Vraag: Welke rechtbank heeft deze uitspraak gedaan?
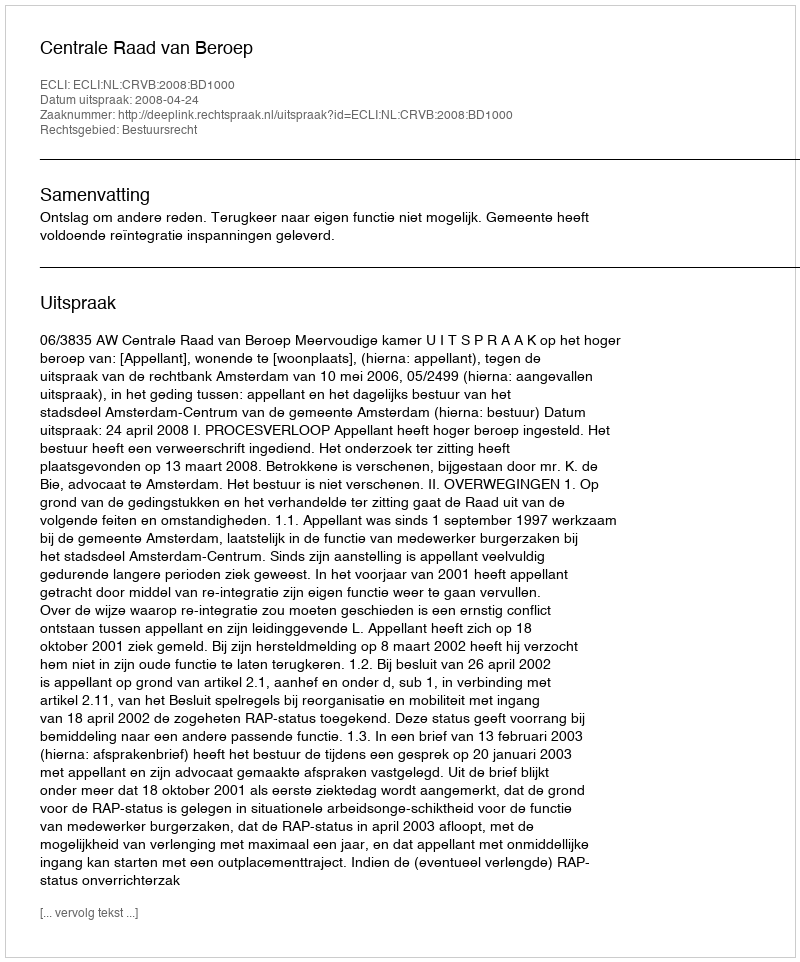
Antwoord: Centrale Raad van Beroep